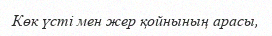
Көк үсті мен жер қойнының арасы,